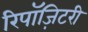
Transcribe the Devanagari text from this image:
रिपॉज़िटरी